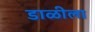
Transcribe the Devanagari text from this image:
डाळीला